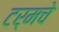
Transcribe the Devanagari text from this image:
टर्मचे